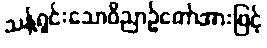
သန့်ရှင်းသောဝိညာဉ်တော်အားဖြင့်